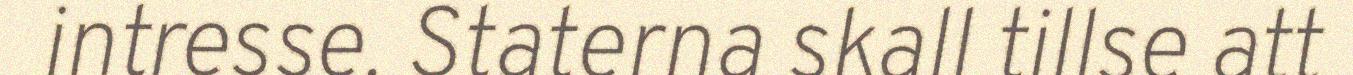
intresse. Staterna skall tillse att